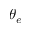
\theta _ { e }